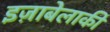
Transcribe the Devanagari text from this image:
इज़ाबेलाकी